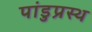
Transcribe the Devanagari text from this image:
पांडुप्रस्थ